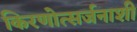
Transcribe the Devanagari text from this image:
किरणोत्सर्जनाशी